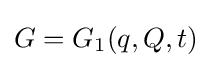
G=G_{1}(q,Q,t)